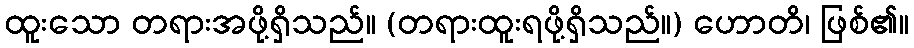
ထူးသော တရားအဖို့ရှိသည်။ (တရားထူးရဖို့ရှိသည်။) ဟောတိ၊ ဖြစ်၏။